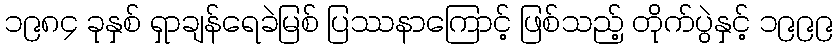
၁၉၈၄ ခုနှစ် ရှာချန်ရေခဲမြစ် ပြဿနာကြောင့် ဖြစ်သည့် တိုက်ပွဲနှင့် ၁၉၉၉